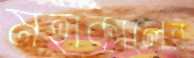
মহাকালের